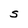
Character: S